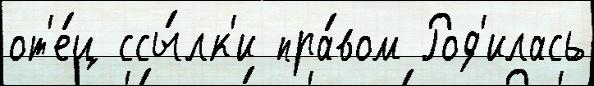
от'е́ц ссы́лк'и пра́вом Род'илась